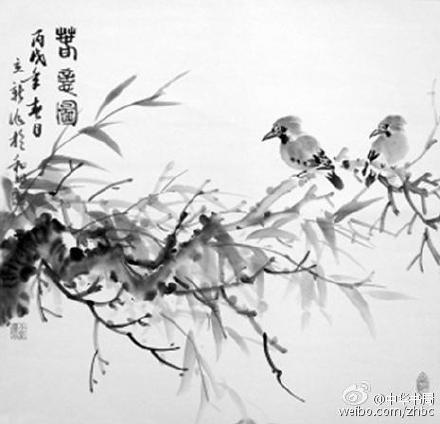
上林苑里花徒发，细柳营前叶漫新。